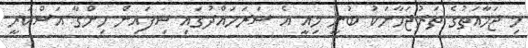
މި ޖަމާއަތުގެ ތަރުޖަމާނަކު ބުނީ މިއީ އެ ސަރަހައްދުގައި ސިފައިން ހިންގާ އަސްކަރީ